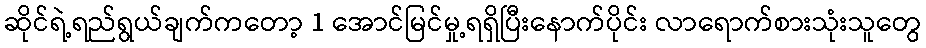
ဆိုင်ရဲ့ရည်ရွယ်ချက်ကတော့ 1 အောင်မြင်မှု့ရရှိပြီးနောက်ပိုင်း လာရောက်စားသုံးသူတွေ